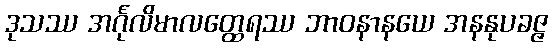
ဒုသဿ အင်္ဂုလိမာလတ္ထေရဿ ဘာဝနာနယေ အနနုပခဇ္ဇ